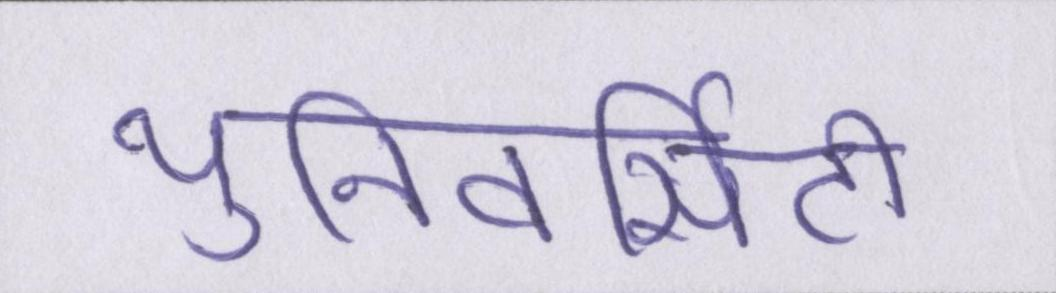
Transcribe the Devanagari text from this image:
युनिवर्सिटी